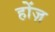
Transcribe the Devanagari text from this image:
होंज़